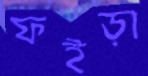
ফইড়া